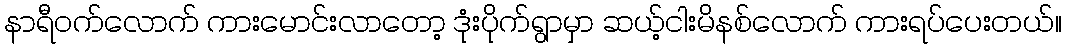
နာရီဝက်လောက် ကားမောင်းလာတော့ ဒုံးပိုက်ရွာမှာ ဆယ့်ငါးမိနစ်လောက် ကားရပ်ပေးတယ်။